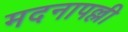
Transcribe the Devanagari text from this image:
मदनापल्ली